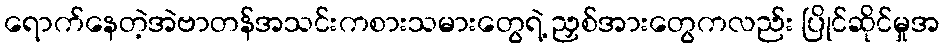
ရောက်နေတဲ့အဲဗာတန်အသင်းကစားသမားတွေရဲ့ ညှစ်အားတွေကလည်း ပြိုင်ဆိုင်မှုအ